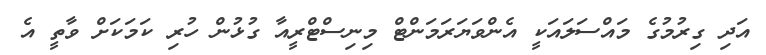
އަދި ގިރުމުގެ މައްސަލައަކީ އެންވަޔަރަމަންޓް މިނިސްޓްރީއާ ގުޅުން ހުރި ކަމަކަށް ވާތީ އެ